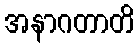
အနာဂတာတိ